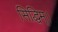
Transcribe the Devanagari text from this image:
सिद्धिम्।